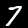
Label: 7